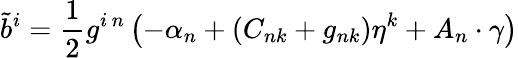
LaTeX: {\tilde{b}}^{i}={\frac{1}{2}}g^{i\, n}\left(-\alpha_{n}+(C_{nk}+g_{nk})\eta^{k}+A_{n}\cdot\gamma\right)